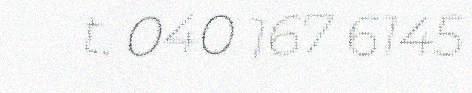
t. 040 167 6145